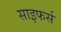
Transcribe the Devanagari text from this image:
साइफर्स